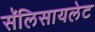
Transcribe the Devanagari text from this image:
सॅलिसायलेट